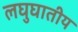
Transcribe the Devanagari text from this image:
लघुघातीय